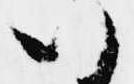
い